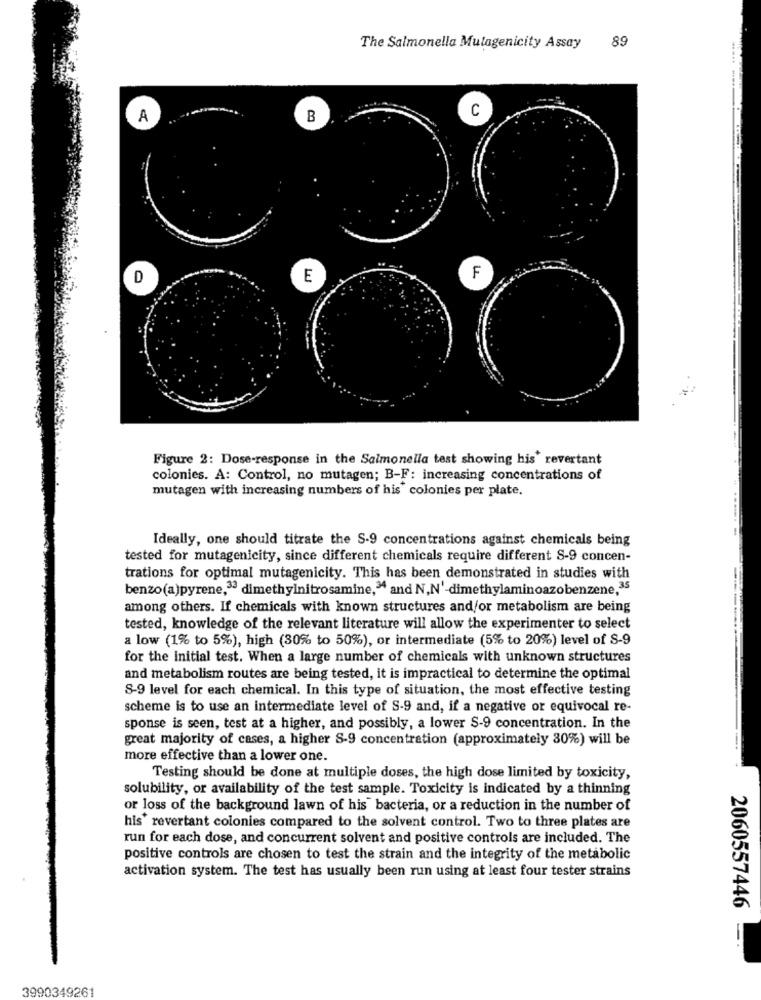
89
The Salmonella Mulagenicity Assay
.....
C
A
B
E
D
Figure 2: Dose-response in the Salmonella test showing his' revertant
colonies. A: Control, no mutagen; B-F: increasing concentrations of
mutagen with increasing numbers of his colonies per plate.
-------
Ideally, one should titrate the S-9 concentrations against chemicals being
tested for mutagenicity, since different chemicals require different S-9 concen-
trations for optimal mutagenicity. This has been demonstrated in studies with
benzo(a)pyrene,33 dimethyinitrosamine,"4 and N,N'-dimethylaminoazobenzene,35
among others. If chemicals with known structures and/or metabolism are being
tested, knowledge of the relevant literature will allow the experimenter to select
a low (1% to 5%), high (30% to 50%), or intermediate (5% to 20%) level of S-9
for the initial test. When a large number of chemicals with unknown structures
and metabolism routes are being tested, it is impractical to determine the optimal
S-9 level for each chemical. In this type of situation, the most effective testing
scheme is to use an intermediate level of S-9 and, if a negative or equivocal re-
sponse is seen, test at a higher, and possibly, a lower S-9 concentration. In the
great majority of cases, a higher S-9 concentration (approximately 80%) will be
more effective than a lower one.
Testing should be done at multiple doses, the high dose limited by toxicity,
solubility, or availability of the test sample. Toxicity is indicated by a thinning
or loss of the background lawn of his bacteria, or a reduction in the number of
his* revertant colonies compared to the solvent control. Two to three plates are
run for each dose, and concurrent solvent and positive controls are included. The
positive controls are chosen to test the strain and the integrity of the metabolic
activation system. The test has usually been run using at least four tester strains
2060557446
3990349261